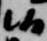
候